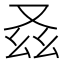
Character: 𠬾